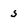
Character: 5